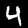
Label: 4